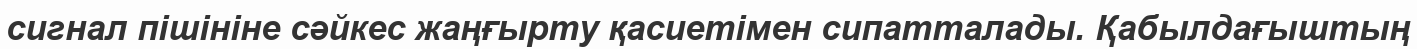
сигнал пішініне сәйкес жаңғырту қасиетімен сипатталады. Қабылдағыштың